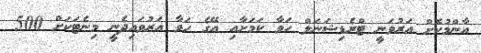
އާންމުކޮށް އަރުވަނީ ޓްރެޑިޝަނަލް ހަވާ ކަމަށާއި އޭގެ ހަވާ އަރުވައިދެނީީ މިނެޓަކަށް 500